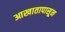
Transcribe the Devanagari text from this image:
आखातापासून